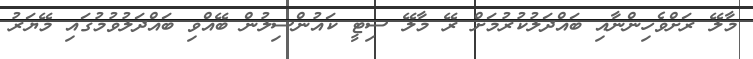
މާލޭ ރަށްވެހިންނާއި ބައްދަލުކުރުމަށް ރޭ މާލޭ ސިޓީ ކައުންސިލުން ބޭއްވި ބައްދަލުވުމުގައި މޭޔަރު